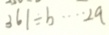
3 6 1 \div b \cdots 2 a